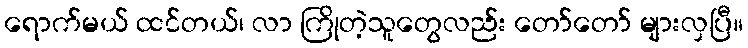
ရောက်မယ် ထင်တယ်၊ လာ ကြိုတဲ့သူတွေလည်း တော်တော် များလှပြီ။